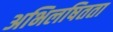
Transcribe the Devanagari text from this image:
अभिलषितता